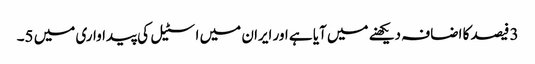
3 فیصد کا اضافہ دیکھنے میں آیا ہے اور ایران میں اسٹیل کی پیداواری میں 5۔